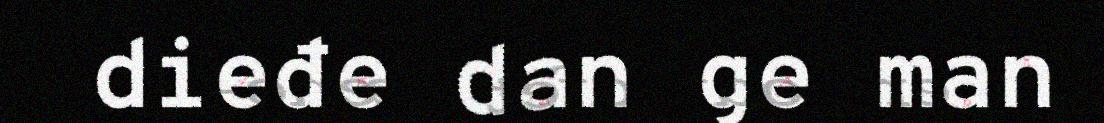
dieđe dan ge man